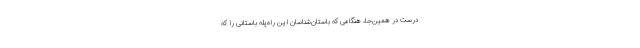
درست در همین‌جا، هنگامی که باستان‌شناسان این راه‌پله باستانی را که